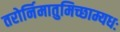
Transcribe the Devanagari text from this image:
तरोर्निमातुमिच्छाम्यधः